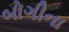
બોગીના